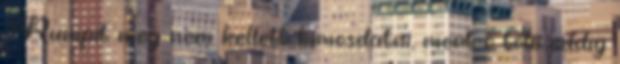
“Rumpit meg nem kellett kimosdatni, mert ő tőle eddig